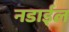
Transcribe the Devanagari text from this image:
नडाईल